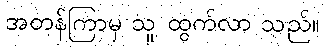
အတန်ကြာမှ သူ ထွက်လာ သည်။